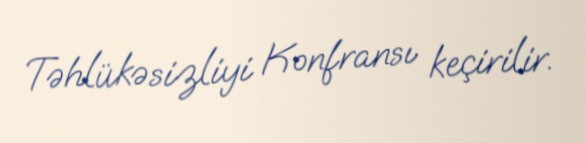
Təhlükəsizliyi Konfransı keçirilir.